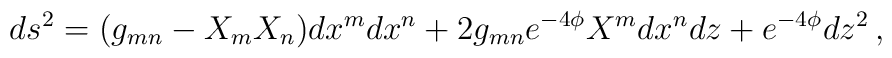
ds^2= (g_{mn}-X_mX_n) dx^{m}dx^{n} + 2g_{mn} e^{-4\phi}X^{m}dx^{n}dz + e^{-4\phi}dz^2\, ,